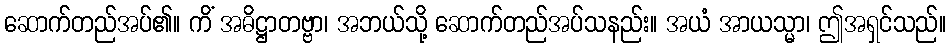
ဆောက်တည်အပ်၏။ ကိံ အဓိဋ္ဌာတဗ္ဗာ၊ အဘယ်သို့ ဆောက်တည်အပ်သနည်း။ အယံ အာယသ္မာ၊ ဤအရှင်သည်။